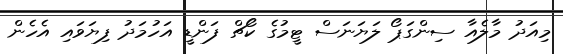
މިއަދު މާލެއާ ސިންގަޕޯ ލަޔަނަސް ޓީމުގެ ކޯޗް ފަންޑީ އަހުމަދު ފިޔަވައި އެހެން